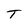
Character: T